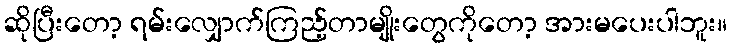
ဆိုပြီးတော့ ရမ်းလျှောက်ကြည့်တာမျိုးတွေကိုတော့ အားမပေးပါဘူး။